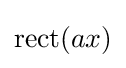
\operatorname {rect} (ax)